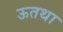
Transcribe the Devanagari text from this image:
ऊतथा